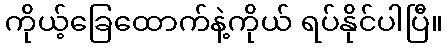
ကိုယ့်ခြေထောက်နဲ့ကိုယ် ရပ်နိုင်ပါပြီ။